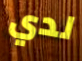
لدي